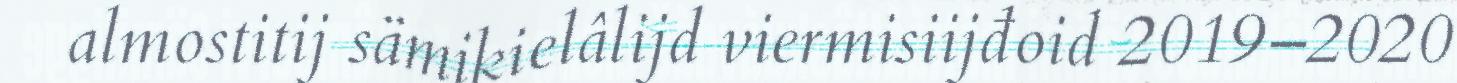
almostitij sämikielâlijd viermisiijđoid 2019–2020